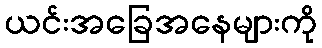
ယင်းအခြေအနေများကို